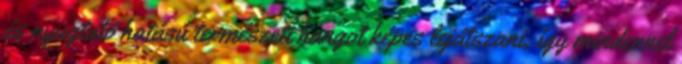
és nyugtató hatású természeti hangot képes lejátszani, így mindennel